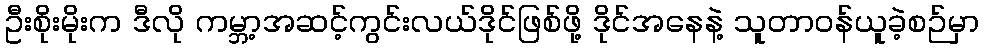
ဦးစိုးမိုးက ဒီလို ကမ္ဘာ့အဆင့်ကွင်းလယ်ဒိုင်ဖြစ်ဖို့ ဒိုင်အနေနဲ့ သူတာဝန်ယူခဲ့စဉ်မှာ